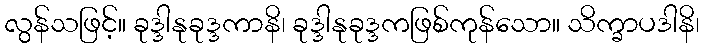
လွန်သဖြင့်။ ခုဒ္ဒါနုခုဒ္ဒကာနိ၊ ခုဒ္ဒါနုခုဒ္ဒကဖြစ်ကုန်သော။ သိက္ခာပဒါနိ၊